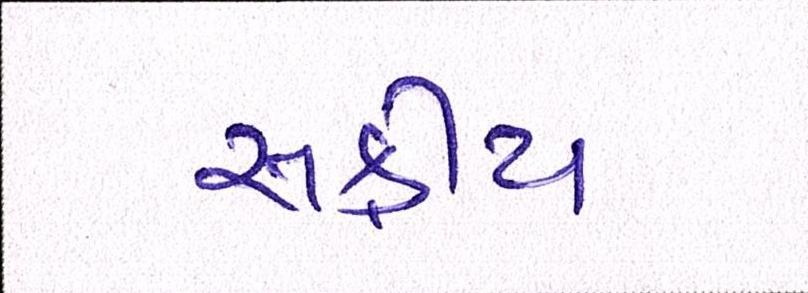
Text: સક્રીય